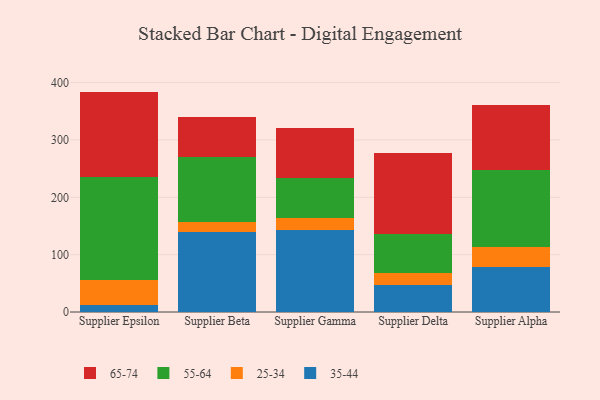
{"axis": {"x": "Supplier", "y": "Humidity (%)"}, "legend": ["25-34", "35-44", "55-64", "65-74"], "data": [{"x": "Supplier Epsilon", "y": 12.2, "type": "35-44"}, {"x": "Supplier Epsilon", "y": 43.2, "type": "25-34"}, {"x": "Supplier Epsilon", "y": 179.3, "type": "55-64"}, {"x": "Supplier Epsilon", "y": 149.6, "type": "65-74"}, {"x": "Supplier Beta", "y": 139.1, "type": "35-44"}, {"x": "Supplier Beta", "y": 17.7, "type": "25-34"}, {"x": "Supplier Beta", "y": 113.6, "type": "55-64"}, {"x": "Supplier Beta", "y": 70.4, "type": "65-74"}, {"x": "Supplier Gamma", "y": 142.2, "type": "35-44"}, {"x": "Supplier Gamma", "y": 21.8, "type": "25-34"}, {"x": "Supplier Gamma", "y": 69.2, "type": "55-64"}, {"x": "Supplier Gamma", "y": 87.7, "type": "65-74"}, {"x": "Supplier Delta", "y": 47.3, "type": "35-44"}, {"x": "Supplier Delta", "y": 21.2, "type": "25-34"}, {"x": "Supplier Delta", "y": 68.2, "type": "55-64"}, {"x": "Supplier Delta", "y": 140.0, "type": "65-74"}, {"x": "Supplier Alpha", "y": 78.9, "type": "35-44"}, {"x": "Supplier Alpha", "y": 35.0, "type": "25-34"}, {"x": "Supplier Alpha", "y": 133.5, "type": "55-64"}, {"x": "Supplier Alpha", "y": 113.8, "type": "65-74"}]}